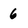
Character: 6